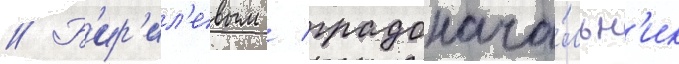
// Б'ир'ил'евым / градонача́льн'ик